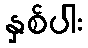
နှစ်ပါး